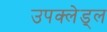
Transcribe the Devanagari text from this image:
उपक्लेड्ल